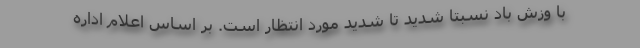
با وزش باد نسبتا شدید تا شدید مورد انتظار است. بر اساس اعلام اداره